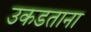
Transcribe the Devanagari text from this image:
उकडताना